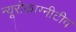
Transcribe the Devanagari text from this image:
न्यूरोकाग्नीटीव